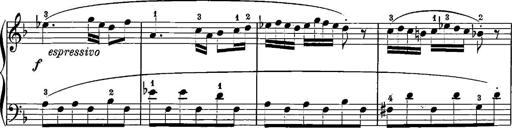
Title: 12 Sonatinas
Composer: Ignaz Pleyel